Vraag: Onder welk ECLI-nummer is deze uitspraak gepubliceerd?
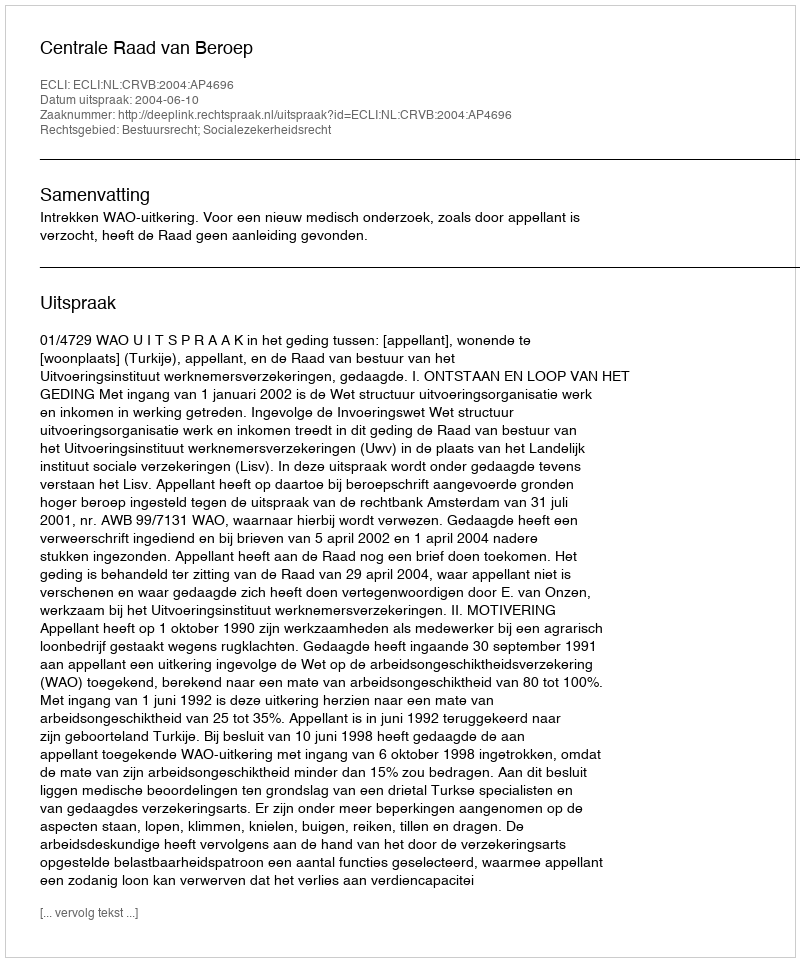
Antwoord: ECLI:NL:CRVB:2004:AP4696